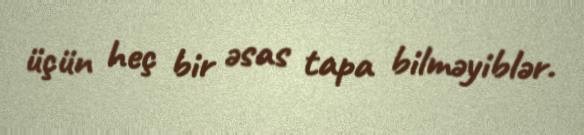
üçün heç bir əsas tapa bilməyiblər.